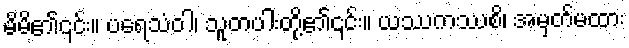
မိမိ၏၎င်း။ ပရေသံဝါ၊ သူတပါးတို့၏၎င်း။ ယဿကဿစိ၊ အမှတ်မထား